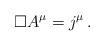
LaTeX: \begin{align*}\Box A^\mu = j^\mu \, .\end{align*}